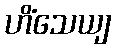
ဟိံသေယျ